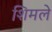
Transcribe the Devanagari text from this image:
शिमले